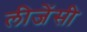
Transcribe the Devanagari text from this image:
लीजेंसी